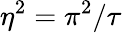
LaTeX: \eta^{2}=\pi^{2}/\tau